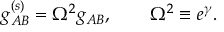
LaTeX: g _ { A B } ^ { ( s ) } = \Omega ^ { 2 } g _ { A B } , \qquad \Omega ^ { 2 } \equiv e ^ { \gamma } .